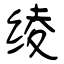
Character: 绫